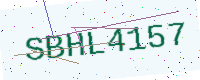
Text: SBHL4157